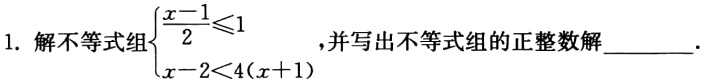
1. 解不等式组\(\begin{cases}\dfrac{x - 1}{2}\leqslant1 \\x - 2\lt4(x + 1)\end{cases}\)，并写出不等式组的正整数解________.